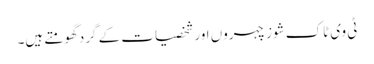
ٹی وی ٹاک شوز چہروں اور شخصیات کے گرد گھومتے ہیں۔